Civil Veterinary Department Bihar & Orissa reports 1922-29 - 1922-1929
Year: 1922
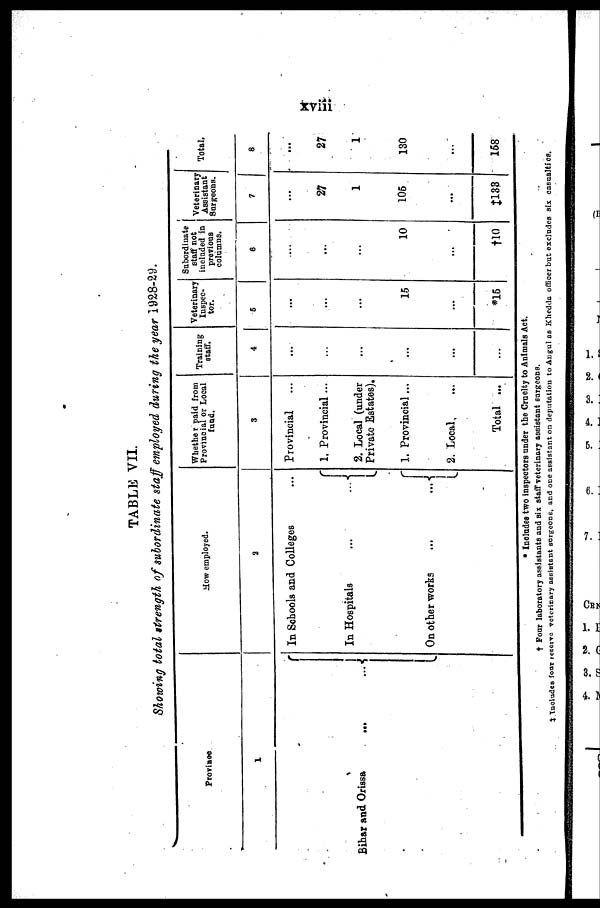
TABLE VII.
Showing total strength of subordinate staff employed during the year 1928-29.
Province
1
Bihar and Orissa ...
How employed.
2
In Schools and Colleges
Whether paid from
Provincial or Local
fund.
3
Provincial
In Hospitals
On other works
1. Provincial ...
2. Local (under
Private Estates),
1. Provincial...
2. Local
Total ...
Training
staff.
4
...
...
...
...
...
...
Veterinary
Inspec-
tor.
5
...
...
...
15
...
*15
Subordinate
staff not
included in
previous
columns.
6
...
...
...
10
...
†10
Veterinary
Assistant
Surgeons.
7
...
27
1
106
...
†133
Total.
8
...
27
1
130
...
168
* Includes two inspectors under the Cruelty to Animals Act.
† Four laboratory assistants and six staff veterinary assistant surgeons.
† includes four reserve veterinary assistant surgeons and one assistant on deputation to Angul as Khedda officer but excludes six casualties.